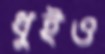
ধুইও